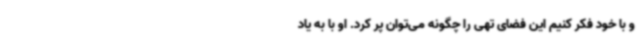
و با خود فکر کنیم این فضای تهی را چگونه می‌توان پر کرد. او با به یاد